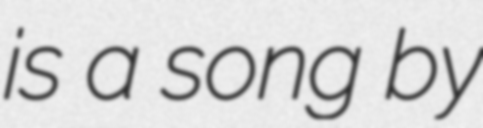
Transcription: is a song by